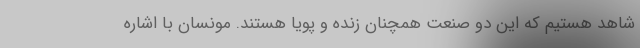
شاهد هستیم که این دو صنعت همچنان زنده و پویا هستند. مونسان با اشاره